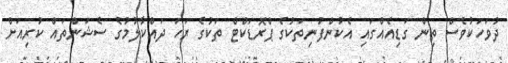
ދުވަހަކުވެސް ތިން ގަޑިއެއްގައި އެކުންފުނިތަކުގެ ޕްރޮޑަކްޓް ތަކުގެ ރަހަ ދައްކާލުމުގެ ސެޝަންތައް ކުރިއަށް